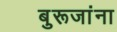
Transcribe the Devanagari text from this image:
बुरूजांना